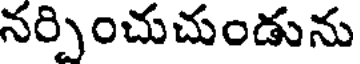
నర్పించుచుండును